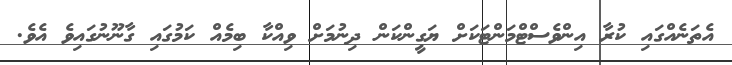
އެތަނެއްގައި ކުރާ އިންވެސްޓްމަންޓަކަށް ޔަގީންކަން ދިނުމަށް ވިއްކާ ބިމެއް ކަމުގައި ގާނޫނުގައިވެ އެވެ.